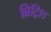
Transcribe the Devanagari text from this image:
ब्रिट्रिश